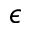
\epsilon